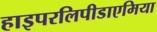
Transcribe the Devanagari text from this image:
हाइपरलिपीडाएमिया